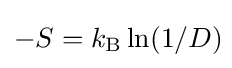
-S=k_{\rm {B}}\ln(1/D)\!